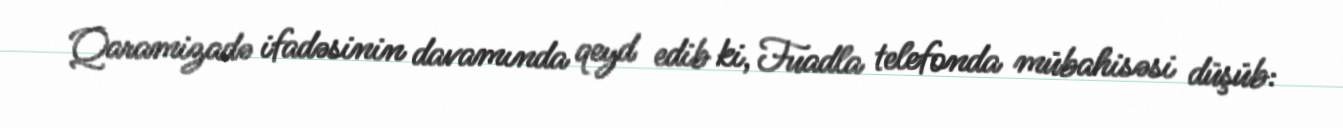
Qaramizadə ifadəsinin davamında qeyd edib ki, Fuadla telefonda mübahisəsi düşüb: